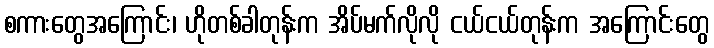
စကားတွေအကြောင်း၊ ဟိုတစ်ခါတုန်းက အိပ်မက်လိုလို ငယ်ငယ်တုန်းက အကြောင်းတွေ